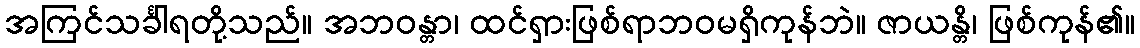
အကြင်သင်္ခါရတို့သည်။ အဘဝန္တာ၊ ထင်ရှားဖြစ်ရာဘဝမရှိကုန်ဘဲ။ ဇာယန္တိ၊ ဖြစ်ကုန်၏။